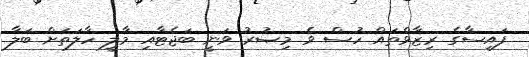
ފައިސާގެ ރިޒާވްތައް ހުސް ވެ މިޞުރު ވަނީ ބަޖެޓާއި މާލީ ހާލަތަށް ބަލާ